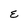
Character: E